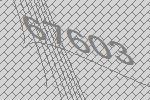
67603